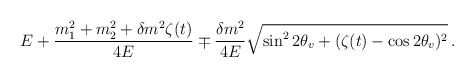
\begin{align*}E +\frac{m_1^2 + m_2^2 + \delta m^2 \zeta(t)}{4E} \mp\frac{\delta m^2}{4E} \sqrt{\sin^2{2\theta_v} + (\zeta(t) - \cos{2\theta_v})^2}\,.\end{align*}